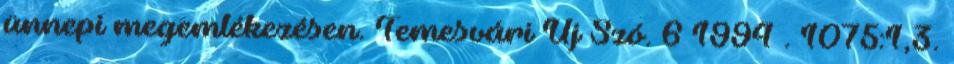
ünnepi megemlékezésen. Temesvári Új Szó. 6 1994 . 1075:1,3.